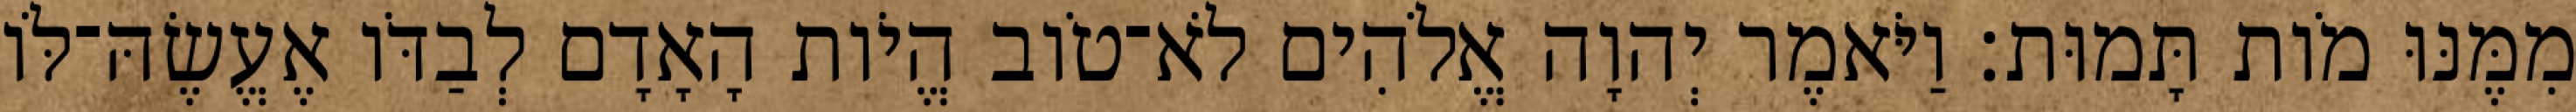
מִמֶּנּוּ מֹות תָּמוּת׃ וַיֹּאמֶר יְהוָה אֱלֹהִים לֹא־טֹוב הֱיֹות הָאָדָם לְבַדֹּו אֶעֱשֶׂהּ־לֹּו